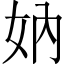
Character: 妠